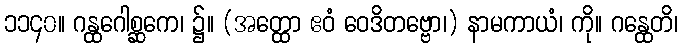
၁၁၄၀။ ဂန္ထဂေါစ္ဆကေ၊ ၌။ (အတ္ထော ဧဝံ ဝေဒိတဗ္ဗော၊) နာမကာယံ၊ ကို။ ဂန္ထေတိ၊